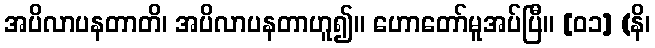
အပိလာပနတာတိ၊ အပိလာပနတာဟူ၍။ ဟောတော်မူအပ်ပြီ။ [၀၁] (နိ၊